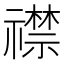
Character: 𬓛